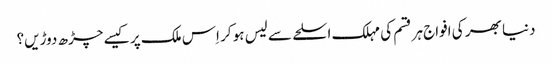
دنیا بھر کی افواج ہر قسم کی مہلک اسلحے سے لیس ہو کر اِس ملک پر کیسے چڑھ دوڑیں؟